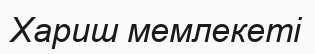
Хариш мемлекеті